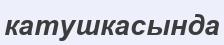
катушкасында